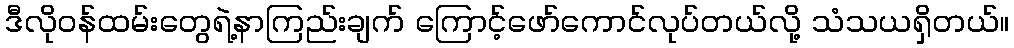
ဒီလိုဝန်ထမ်းတွေရဲ့နာကြည်းချက် ကြောင့်ဖော်ကောင်လုပ်တယ်လို့ သံသယရှိတယ်။